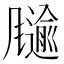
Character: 𲋋